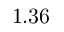
1 . 3 6